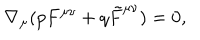
\nabla _ { \mu } ( p F ^ { \mu \nu } + q \tilde { F } ^ { \mu \nu } ) = 0 ,